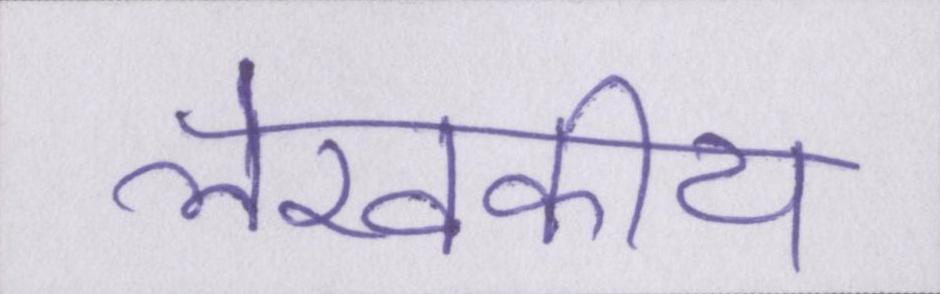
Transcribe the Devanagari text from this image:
लेखकीय